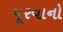
પૂરવાનો